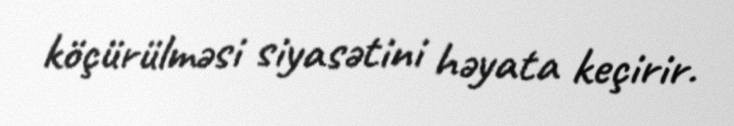
köçürülməsi siyasətini həyata keçirir.